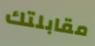
مقابلتك